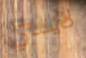
لايسي